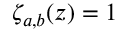
\zeta _ { a , b } ( z ) = 1